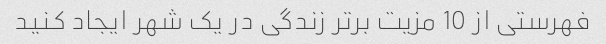
فهرستی از 10 مزیت برتر زندگی در یک شهر ایجاد کنید